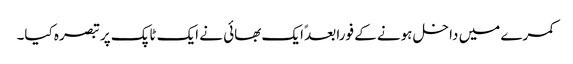
کمرے میں داخل ہونے کے فورا بعدً ایک بھائی نے ایک ٹاپک پر تبصرہ کیا۔